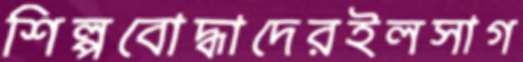
শিল্পবোদ্ধাদেরইলসাগ